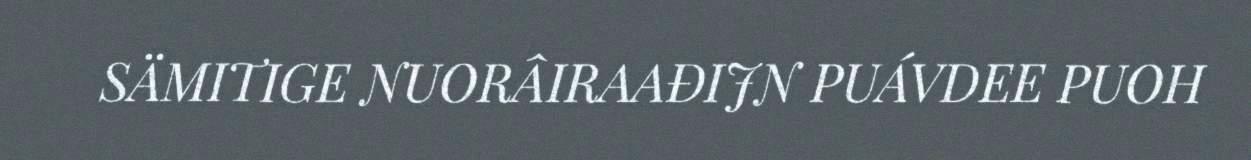
SÄMITIGE NUORÂIRAAĐIJN PUÁVDEE PUOH